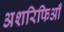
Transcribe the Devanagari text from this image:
अशरिफिआँ